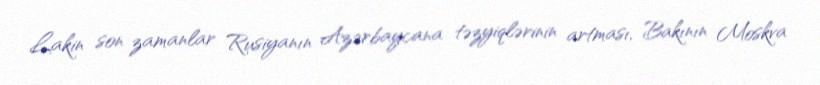
Lakin son zamanlar Rusiyanın Azərbaycana təzyiqlərinin artması, Bakının Moskva